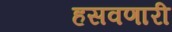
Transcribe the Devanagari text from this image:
हसवणारी